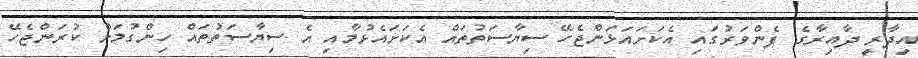
އިދާރީ ދާއިރާގެ ފެންވަރުގައި އެކަށައަޅަންޖެހޭ ސިޔާސަތުތައް އެކަށައެޅުމާއި އެ ސިޔާސަތުތައް ހިންގުމަށް ކުރަންޖެހޭ